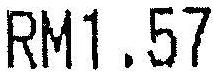
RM1.57